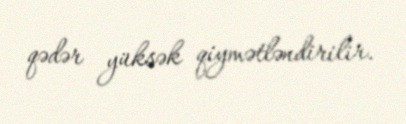
qədər yüksək qiymətləndirilir.